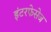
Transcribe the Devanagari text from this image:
इंटरफेसेज